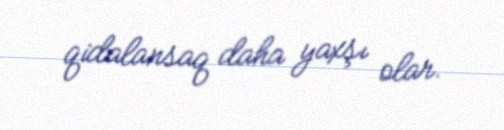
qidalansaq daha yaxşı olar.